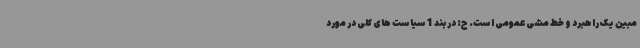
مبین یک راهبرد و خط مشی عمومی است. ح: در بند 1 سیاست های کلی در مورد